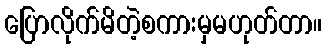
ပြောလိုက်မိတဲ့စကားမှမဟုတ်တာ။